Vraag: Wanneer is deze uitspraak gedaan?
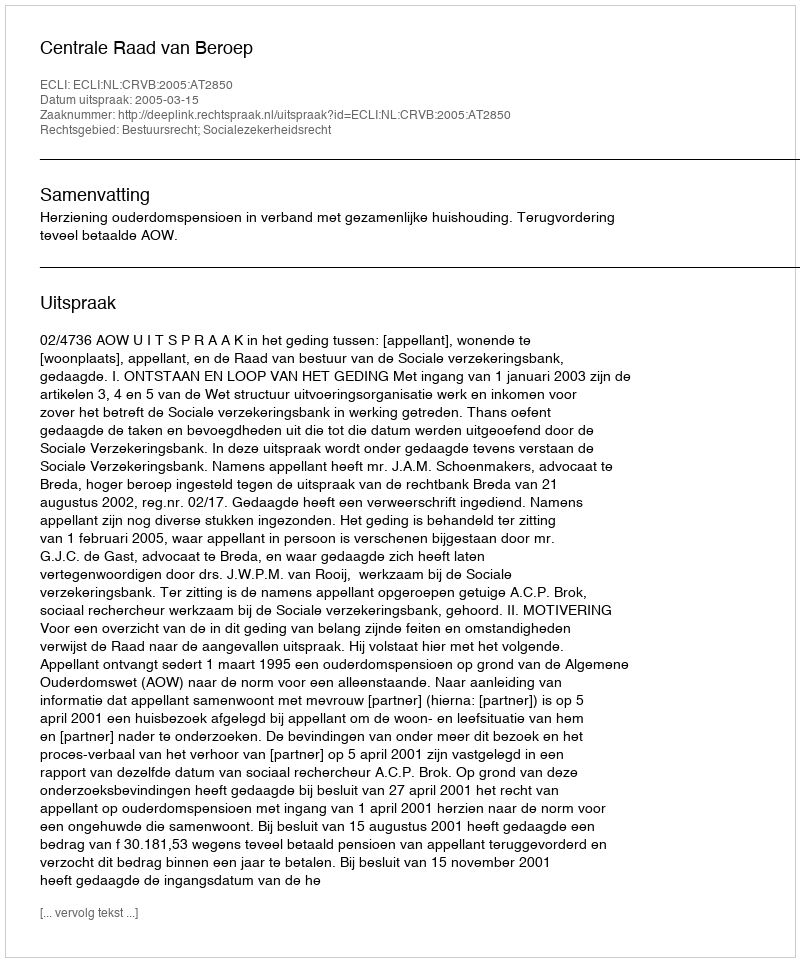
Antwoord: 2005-03-15